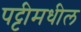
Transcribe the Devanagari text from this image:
पट्टीमधील